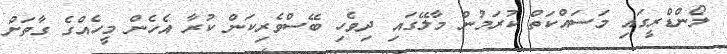
ލޯންޑްރީގައި މަސައްކަތް ކުރަމުން މާލޭގައި ދިވެހި ބޭސްވެރިކަން ކުރާ އެހެން މީހެއްގެ ގާތަށް